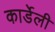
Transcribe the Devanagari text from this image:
कार्डेली